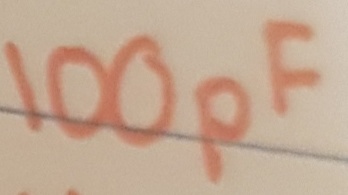
Text: 100pF